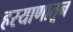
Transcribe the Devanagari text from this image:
हरयाणातून